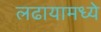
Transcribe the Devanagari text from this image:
लढायामध्ये